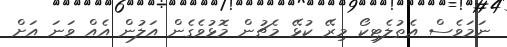
ނަމަވެސް އެތުލެޓިކޯ މިރޭ ކުޅޭ މެޗުން މޮޅުވެގެން އަލުން އެއް ވަނަ އަށް